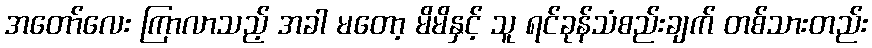
အတော်လေး ကြာလာသည့် အခါ မတော့ မိမိနှင့် သူ ရင်ခုန်သံစည်းချက် တစ်သားတည်း